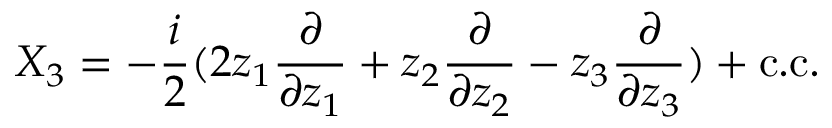
X _ { 3 } = - \frac { i } { 2 } ( 2 z _ { 1 } \frac { \partial } { \partial z _ { 1 } } + z _ { 2 } \frac { \partial } { \partial z _ { 2 } } - z _ { 3 } \frac { \partial } { \partial z _ { 3 } } ) + \mathrm { c . c } .